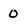
Character: 0